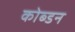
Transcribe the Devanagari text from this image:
कोब्डन